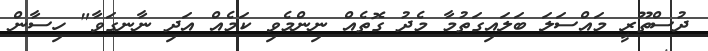
ދުސްތޫރީ މައްސަލަ ބަލައިގަތުމާ މެދު ގޮތެއް ނިންމެވި ކަމެއް އަދި ނާނގަވާ" ހިސާން